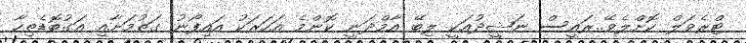
ޓްރެވަލް ކޮށްލެވޭ..ރައީސް ނަޝީދުއަކީ ލިބޭ އާމްދަނީ ކޮންމެ އަހަރަކު އައިފޯނު ގަތުމަށާއި އަގުބޮޑެތިހާ